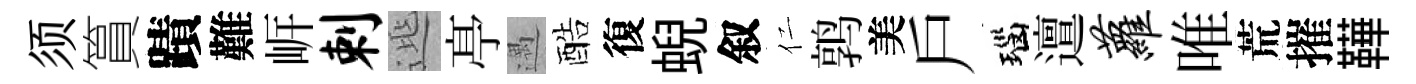
须篔蹟難㟁剌𨓱𠅘遇酷復蜺叙仁鹑美戶瑙邅萝唯荒摧鞾